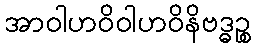
အာဝါဟဝိဝါဟဝိနိဗဒ္ဓဉ္စ